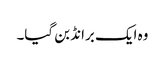
وہ ایک برانڈ بن گیا۔